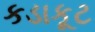
કડાકૂટ